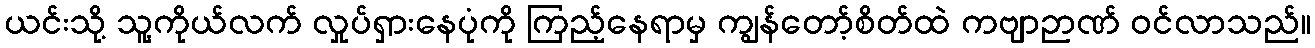
ယင်းသို့ သူ့ကိုယ်လက် လှုပ်ရှားနေပုံကို ကြည့်နေရာမှ ကျွန်တော့်စိတ်ထဲ ကဗျာဉာဏ် ဝင်လာသည်။